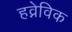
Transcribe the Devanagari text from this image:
हव्नेविक